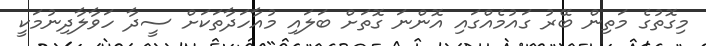
މިގޮތުގެ މަތިން ބޭރު ގައުމެއްގައި އޮންނަ ގޮތަށް ބަލައި މުއާހަދާތަކަށް ސީދާ ހަވާލާދިނުމަކީ